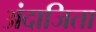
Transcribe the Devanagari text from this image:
अंदाजिता